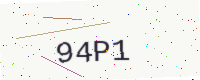
Text: 94P1